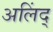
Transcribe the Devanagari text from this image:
अलिंद्